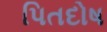
પિતદોષ